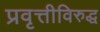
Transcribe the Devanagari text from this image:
प्रवृत्तीविरुद्ध